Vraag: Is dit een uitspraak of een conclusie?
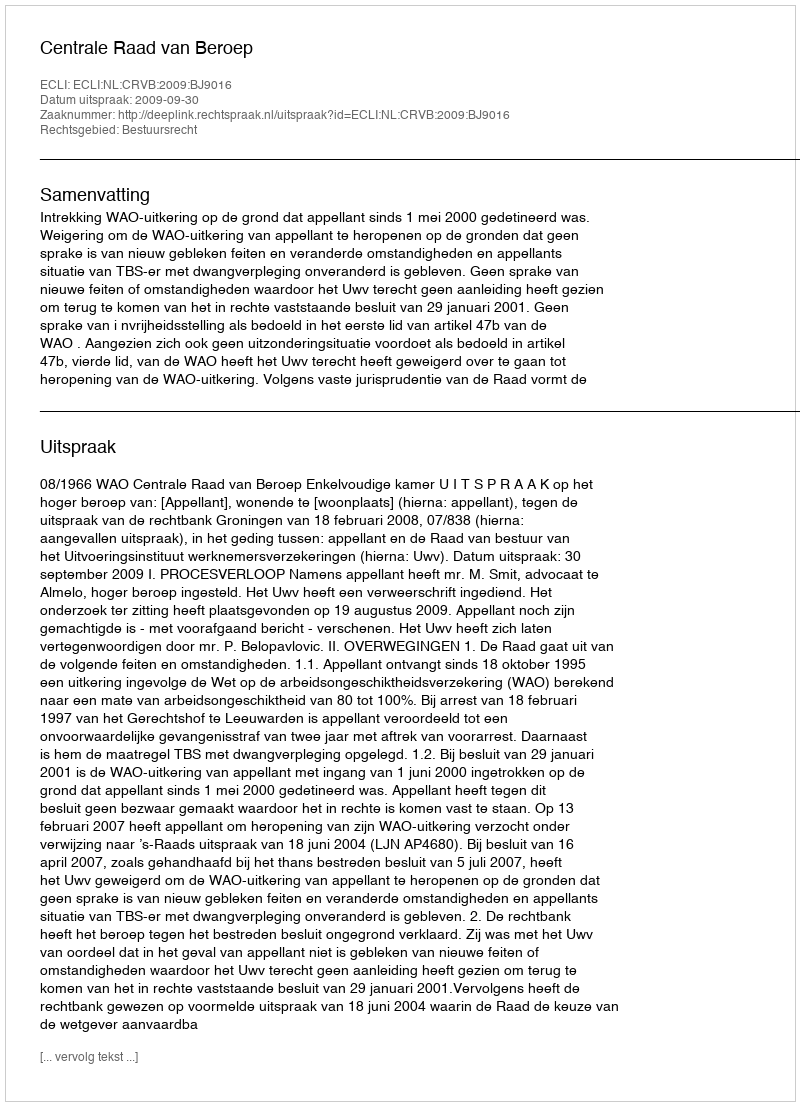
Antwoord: Uitspraak